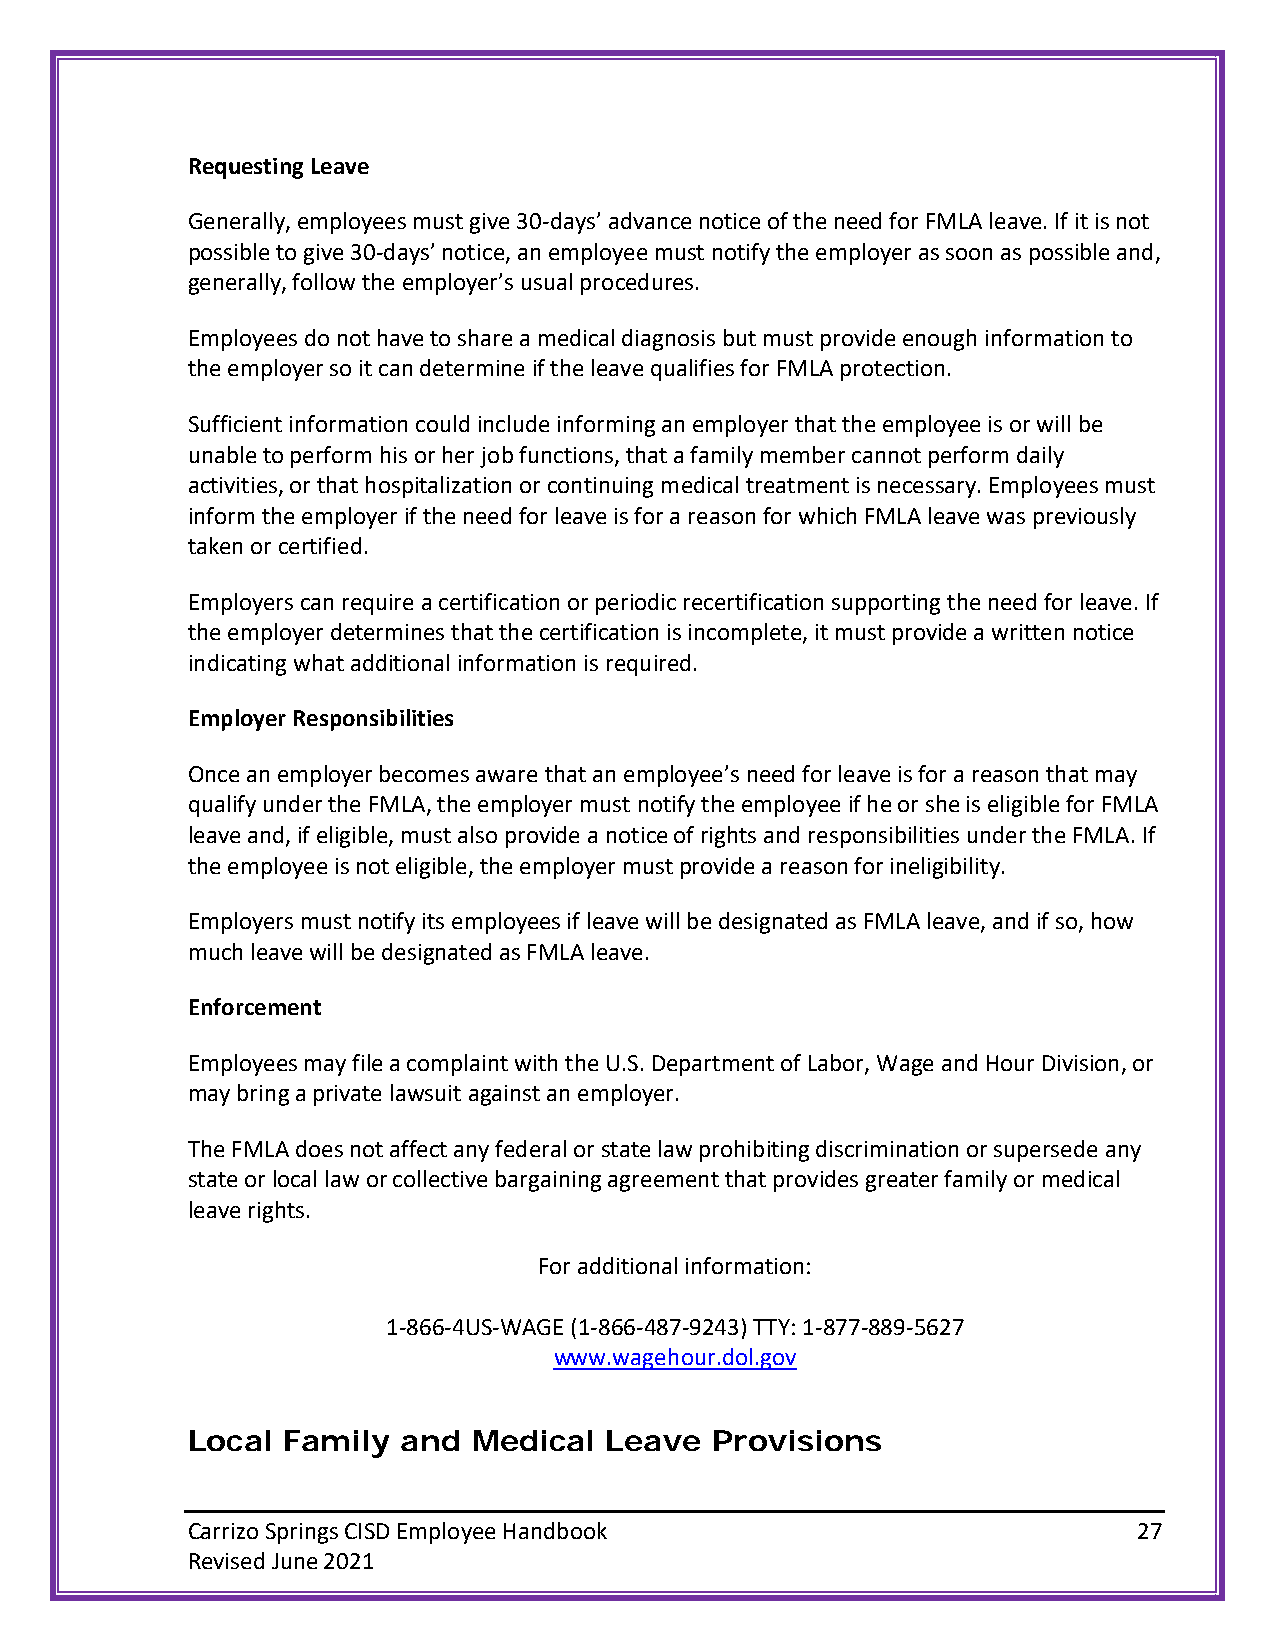
Requesting Leave
 Generally, employees must give 30-days’ advance notice of the need for FMLA leave. If it is not
 possible to give 30-days’ notice, an employee must notify the employer as soon as possible and,
 generally, follow the employer’s usual procedures.
 Employees do not have to share a medical diagnosis but must provide enough information to
 the employer so it can determine if the leave qualifies for FMLA protection.
 Sufficient information could include informing an employer that the employee is or will be
 unable to perform his or her job functions, that a family member cannot perform daily
 activities, or that hospitalization or continuing medical treatment is necessary. Employees must
 inform the employer if the need for leave is for a reason for which FMLA leave was previously
 taken or certified.
 Employers can require a certification or periodic recertification supporting the need for leave. If
 the employer determines that the certification is incomplete, it must provide a written notice
 indicating what additional information is required.
 Employer Responsibilities
 Once an employer becomes aware that an employee’s need for leave is for a reason that may
 qualify under the FMLA, the employer must notify the employee if he or she is eligible for FMLA
 leave and, if eligible, must also provide a notice of rights and responsibilities under the FMLA. If
 the employee is not eligible, the employer must provide a reason for ineligibility.
 Employers must notify its employees if leave will be designated as FMLA leave, and if so, how
 much leave will be designated as FMLA leave.
 Enforcement
 Employees may file a complaint with the U.S. Department of Labor, Wage and Hour Division, or
 may bring a private lawsuit against an employer.
 The FMLA does not affect any federal or state law prohibiting discrimination or supersede any
 state or local law or collective bargaining agreement that provides greater family or medical
 leave rights.
 For additional information:
 1-866-4US-WAGE (1-866-487-9243) TTY: 1-877-889-5627
 www.wagehour.dol.gov
 Local  Family  and Medical  Leave  Provisions
 Carrizo Springs CISD Employee Handbook                         27
 Revised June 2021